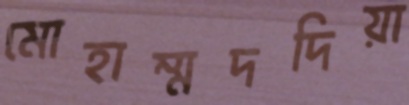
মোহাম্মদদিয়া